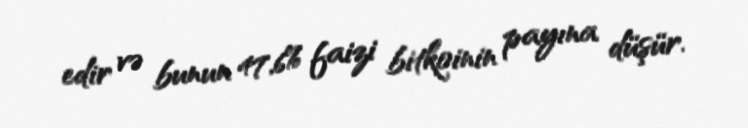
edir və bunun 47,6% faizi bitkoinin payına düşür.